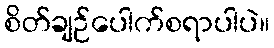
စိတ်ချဉ်ပေါက်စရာပါပဲ။